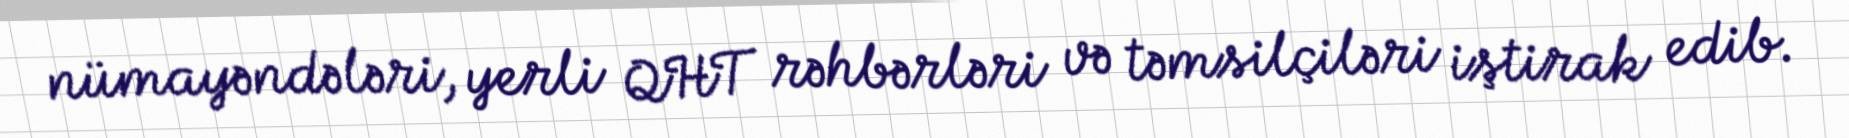
nümayəndələri, yerli QHT rəhbərləri və təmsilçiləri iştirak edib.